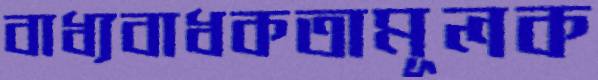
বাধ্যবাধকতামূলক